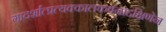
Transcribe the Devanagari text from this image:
गादर्शात्प्रत्यक्कालकवनाद्दक्षिणेन